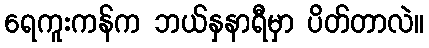
ရေကူးကန်က ဘယ်နှနာရီမှာ ပိတ်တာလဲ။